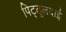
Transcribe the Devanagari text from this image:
पिट्ठूलदाई